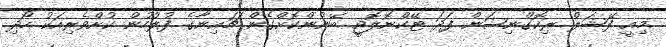
މިއީ ފޭޝަލް ރިކޮގްނިޝަން ފަދަ ޓޭކްނޮލޮޖީ ބޭނުންކޮށްގެން ޗައިނާގެ ފުލުހުން ކުށްވެރިއަކު ހޯދި